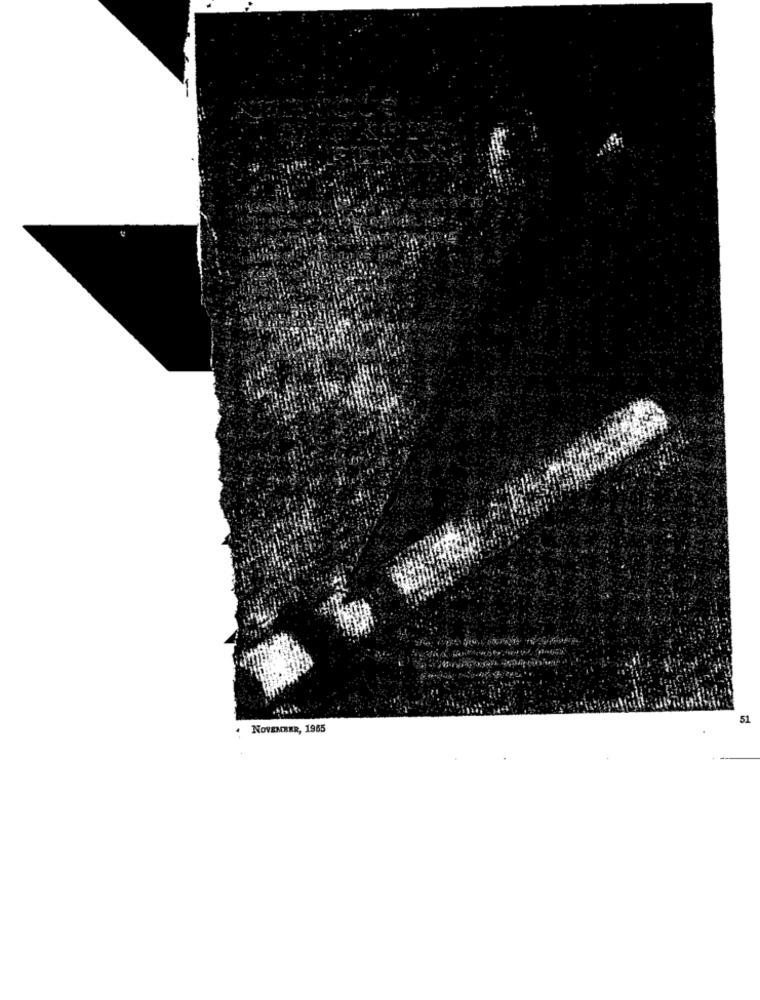
51
NOVEMBER, 1965